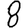
Digit: 8